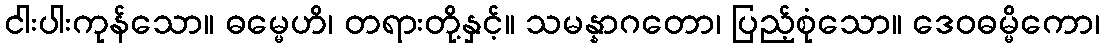
ငါးပါးကုန်သော။ ဓမ္မေဟိ၊ တရားတို့နှင့်။ သမန္နာဂတော၊ ပြည့်စုံသော။ ဒေဝဓမ္မိကော၊